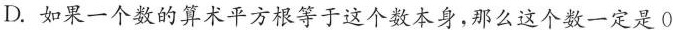
D.如果一个数的算术平方根等于这个数本身，那么这个数一定是0